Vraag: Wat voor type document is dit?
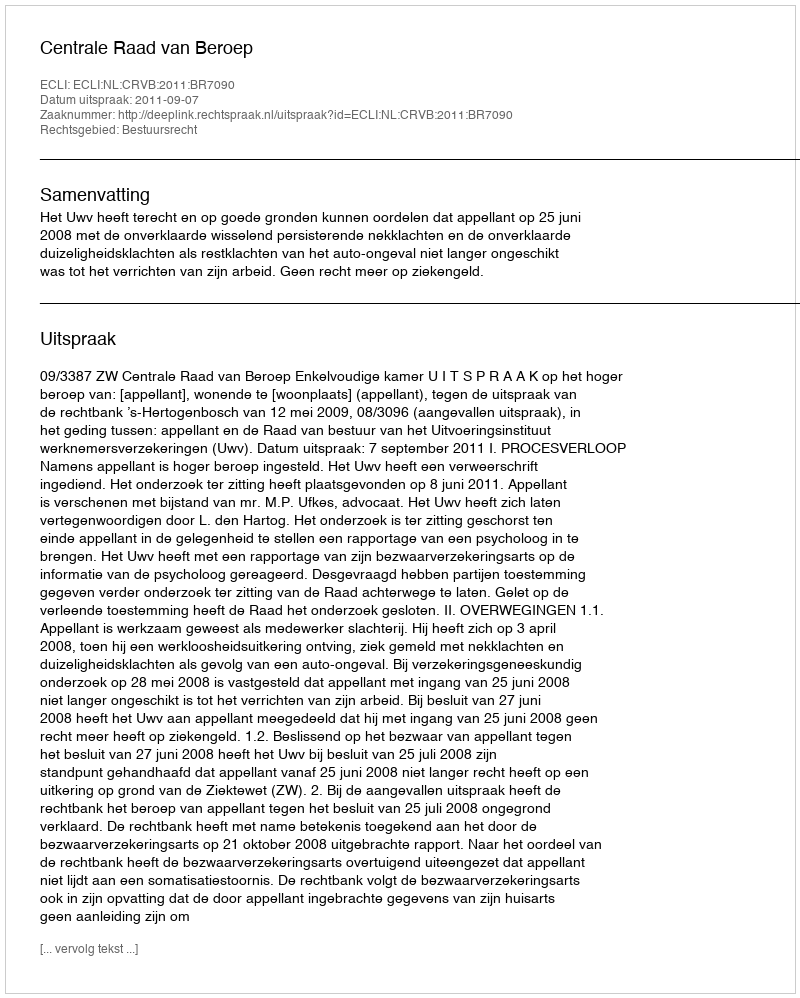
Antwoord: Uitspraak